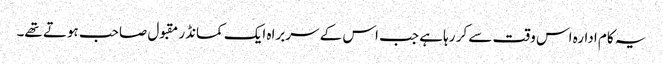
یہ کام ادارہ اس وقت سے کر رہا ہے جب اس کے سربراہ ایک کمانڈر مقبول صاحب ہوتے تھے۔